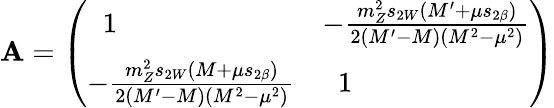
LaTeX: \mathbf{A}=\left(\begin{array}{ll}{{\; \; 1}}&{{-\frac{m_{Z}^{2}s_{2W}(M^{\prime}+\mu s_{2\beta})}{2(M^{\prime}-M)(M^{2}-\mu^{2})}}}\\ {{-\frac{m_{Z}^{2}s_{2W}(M+\mu s_{2\beta})}{2(M^{\prime}-M)(M^{2}-\mu^{2})}}}&{{\; \; 1}}\end{array}\right)